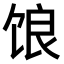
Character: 𫗨